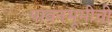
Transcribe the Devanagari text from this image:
पावनभूमीची